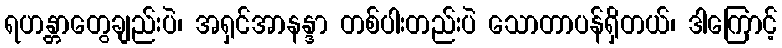
ရဟန္တာတွေချည်းပဲ၊ အရှင်အာနန္ဒာ တစ်ပါးတည်းပဲ သောတာပန်ရှိတယ်၊ ဒါကြောင့်